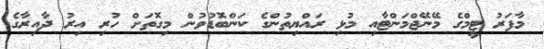
މާފަރު ޓީމްގެ މޭނޭޖްމަންޓާއި މުޅި ރައްޔިތުންގެ ކަންބޮޑުވުން މިގޮތަށް ހުރި އިރު ދާއިރާގެ